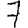
Digit: 7